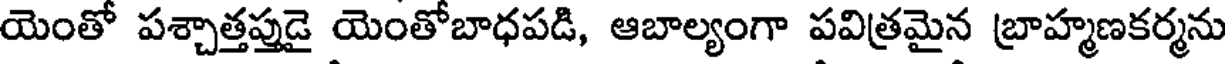
యెంతో పశ్చాత్తప్తుడై యెంతోబాధపడి, ఆబాల్యంగా పవిత్రమైన బ్రాహ్మణకర్మను